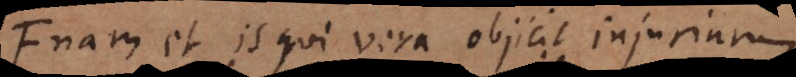
nam et is qui vera objicit injuriarum